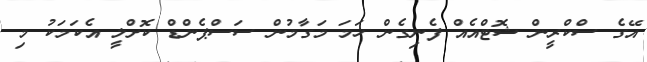
އޭގެ ސްކްރީން ޝޮޓްއެއް ފެނިގެން ހަމަ މަގާމުން ސަސްޕެންޑް ކޮށްލީ އެކަމަކު މި